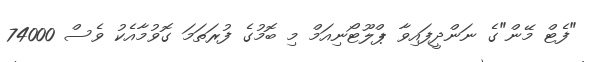
"ފެޓް މޭން"ގެ ނަންދީފައިވާ ޕްލޫޓޯނިއަމް މި ބޮމުގެ ފުރަތަމަ ގޮވުމާއެކު ވެސް 74000